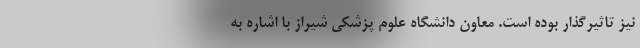
نیز تاثیرگذار بوده است. معاون دانشگاه علوم پزشکی شیراز با اشاره به